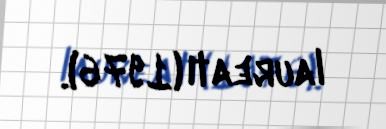
laureatı (1976).